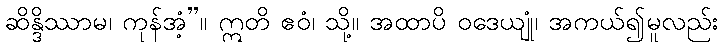
ဆိန္ဒိဿာမ၊ ကုန်အံ့”။ ဣတိ ဧဝံ၊ သို့။ အထာပိ ဝဒေယျုံ၊ အကယ်၍မူလည်း